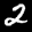
Label: 2